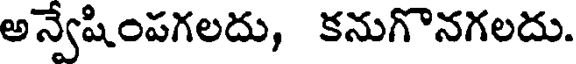
అన్వేషింపగలదు, కనుగొనగలదు.